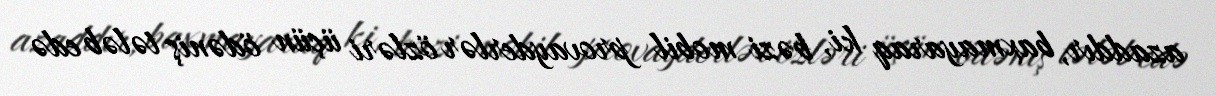
azaddır, baxmayaraq ki, bəzi mobil provayderlər özləri üçün ödəniş tələb edə